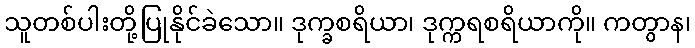
သူတစ်ပါးတို့ပြုနိုင်ခဲသော။ ဒုက္ခစရိယာ၊ ဒုက္ကရစရိယာကို။ ကတွာန၊